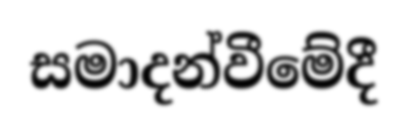
සමාදන්වීමේදී